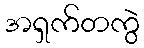
အရှက်တကွဲ